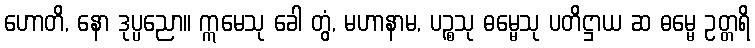
ဟောတိ, နော ဒုပ္ပညော။ ဣမေသု ခေါ တွံ, မဟာနာမ, ပဉ္စသု ဓမ္မေသု ပတိဋ္ဌာယ ဆ ဓမ္မေ ဥတ္တရိ